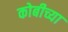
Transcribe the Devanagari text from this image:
कोबीच्या